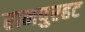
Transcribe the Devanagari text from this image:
रामपुरहट